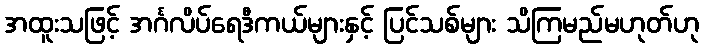
အထူးသဖြင့် အင်္ဂလိပ်ရေဒီကယ်များနှင့် ပြင်သစ်များ သိကြမည်မဟုတ်ဟု